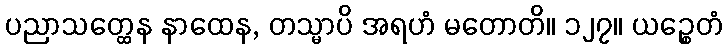
ပညာသတ္ထေန နာထေန, တသ္မာပိ အရဟံ မတောတိ။ ၁၂၇။ ယဉ္စေတံ